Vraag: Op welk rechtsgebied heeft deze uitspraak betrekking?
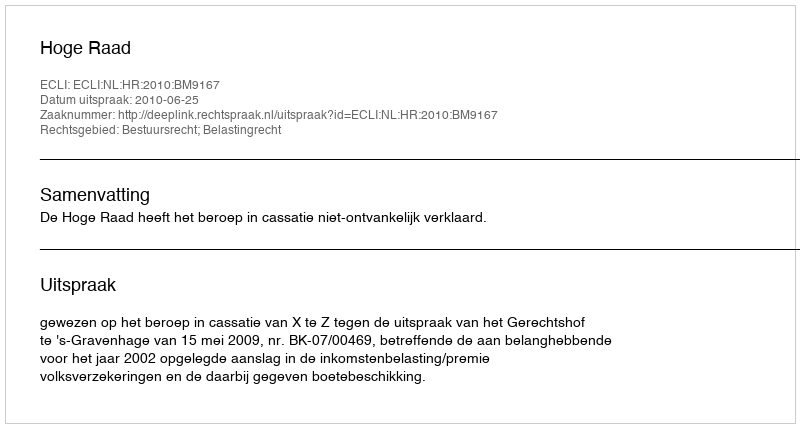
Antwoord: Bestuursrecht; Belastingrecht